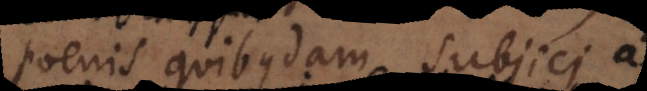
poenis quibusdam subjici, ac